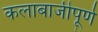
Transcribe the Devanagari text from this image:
कलाबाजीपूर्ण